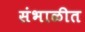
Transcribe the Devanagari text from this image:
संभाळीत